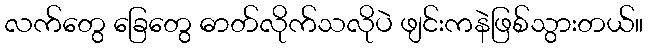
လက်တွေ ခြေတွေ ဓာတ်လိုက်သလိုပဲ ဖျင်းကနဲဖြစ်သွားတယ်။